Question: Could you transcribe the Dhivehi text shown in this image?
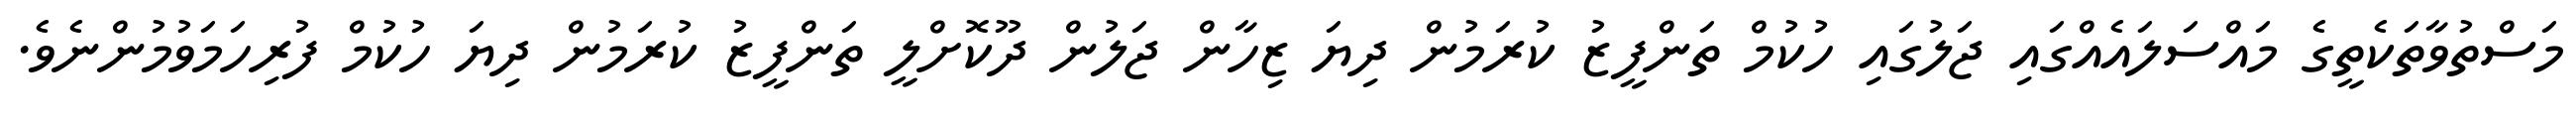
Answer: މަސްތުވާތަކެތީގެ މައްސަލައެއްގައި ޖަލުގައި ހުކުމް ތަންފީޒު ކުރަމުން ދިޔަ ޒިހާން ޖަލުން ދޫކޮށްލީ ތަންފީޒު ކުރަމުން ދިޔަ ހުކުމް ފުރިހަމަވުމުންނެވެ.